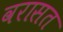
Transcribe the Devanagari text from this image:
वरासत